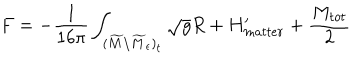
LaTeX: F = - { \frac { 1 } { 1 6 \pi } } \int _ { ( \widetilde M \backslash \widetilde M _ { \epsilon } ) _ { t } } \sqrt { g } R + H _ { m a t t e r } ^ { \prime } + { \frac { M _ { t o t } } { 2 } }